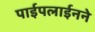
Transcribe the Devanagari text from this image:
पाईपलाईनने